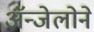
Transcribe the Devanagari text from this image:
ॲन्जेलोने